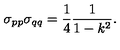
\sigma _ { p p } \sigma _ { q q } = \frac { 1 } { 4 } \frac { 1 } { 1 - k ^ { 2 } } .